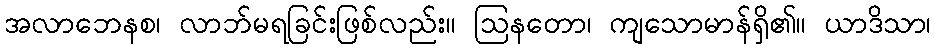
အလာဘေနစ၊ လာဘ်မရခြင်းဖြစ်လည်း။ ဩနတော၊ ကျသောမာန်ရှိ၏။ ယာဒိသာ၊